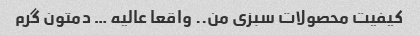
کیفیت محصولات سبزی من.. واقعا عالیه … دمتون گرم